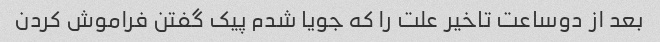
بعد از دوساعت تاخیر علت را که جویا شدم پیک گفتن فراموش کردن